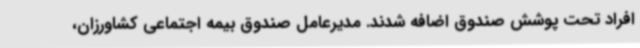
افراد تحت پوشش صندوق اضافه شدند. مدیرعامل صندوق بیمه اجتماعی کشاورزان،